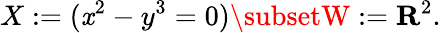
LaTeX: X:=(\mathit{x}^{2}-y^{3}=0)\subsetW:=\mathbf{{R}}^{2}.